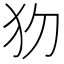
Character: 𤜩